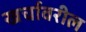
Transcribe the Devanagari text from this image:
खर्चावरील